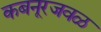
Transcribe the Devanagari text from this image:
कबनूरजवळ